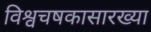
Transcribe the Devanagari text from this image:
विश्वचषकासारख्या